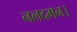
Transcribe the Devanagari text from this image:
नलदमन।